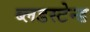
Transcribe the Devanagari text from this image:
ब्लडस्टेन्ड